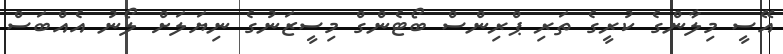
އޭސީ މިލާންގެ ކުރީގެ ތަރި ޕްރިންސް ބޯޓެންގް މިސީޒަނުގެ ނިޔަލަށް ލޯނު އެއްބަސް